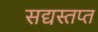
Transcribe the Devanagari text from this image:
सद्यस्तप्त